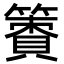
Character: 𥴹